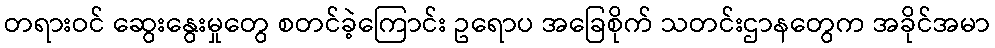
တရားဝင် ဆွေးနွေးမှုတွေ စတင်ခဲ့ကြောင်း ဥရောပ အခြေစိုက် သတင်းဌာနတွေက အခိုင်အမာ